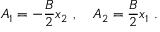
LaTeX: A _ { 1 } = - \frac { B } { 2 } x _ { 2 } \ , \quad A _ { 2 } = \frac { B } { 2 } x _ { 1 } \ .